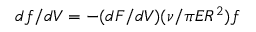
d f / d V = - ( d F / d V ) ( \nu / \pi E R ^ { 2 } ) f